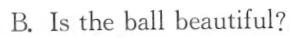
B. Is the ball beautiful?